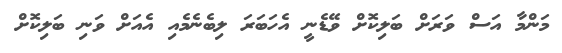
މަންމާ އަސް ވަރަށް ބަލިކޮށް ވޭޑެނީ އެހަބަރަ ލިބެނެމެއި އެއަށް ވަނި ބަލިކޮށް